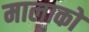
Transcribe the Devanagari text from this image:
मालाको